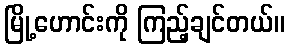
မြို့ဟောင်းကို ကြည့်ချင်တယ်။